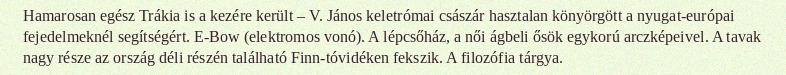
Hamarosan egész Trákia is a kezére került – V. János keletrómai császár hasztalan könyörgött a nyugat-európai fejedelmeknél segítségért. E-Bow (elektromos vonó). A lépcsőház, a női ágbeli ősök egykorú arczképeivel. A tavak nagy része az ország déli részén található Finn-tóvidéken fekszik. A filozófia tárgya.